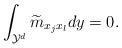
LaTeX: \begin{align*} \int_{\mathcal{Y}^d}\widetilde{m}_{x_jx_l}dy=0. \end{align*}